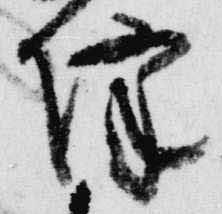
降